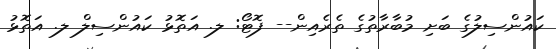
ކައުންސިލުގެ ބަށި މުބާރާތުގެ ތެރެއިން-- ފޮޓޯ: ލ. އަތޮޅު ކައުންސިލް ލ. އަތޮޅު